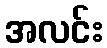
အလင်း